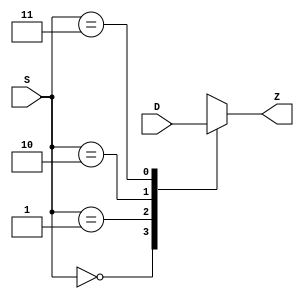
module MUX41_b(
	input wire [0:3] D,
	input wire [1:0] S,
	output reg Z);

always @(D, S)
begin

case(S)
	2'b00: Z <= D[0];
	2'b01: Z <= D[1];
	2'b10: Z <= D[2];
	2'b11: Z <= D[3];
endcase

end

endmodule

module MUX41_s(
	input wire [0:3] D,
	input wire [1:0] S,
	output wire Z);

wire c1, c2, c3, c4;
and(c1, D[0], !S[1], !S[0]);
and(c2, D[1], !S[1], S[0]);
and(c3, D[2], S[1], !S[0]);
and(c4, D[3], S[1], S[0]);
or(Z, c1, c2, c3, c4);

endmodule

module MUX81_b(
	input wire [0:7] D,
	input wire [2:0] S,
	output reg Z);;

always @(D,S)
begin

case(S)
	3'b000: Z <= D[0];
	3'b001: Z <= D[1];
	3'b010: Z <= D[2];
	3'b011: Z <= D[3];
	3'b100: Z <= D[4];
	3'b101: Z <= D[5];
	3'b110: Z <= D[6];
	3'b111: Z <= D[7];
	
endcase

end

endmodule

module MUX81_s(
	input wire [0:7] D,
	input wire [2:0] S,
	output wire Z);;

wire c1, c2, c3, c4, c5, c6, c7, c8;
and(c1, D[0], !S[2], !S[1], !S[0]);
and(c2, D[1], !S[2], !S[1], S[0]);
and(c3, D[2], !S[2], S[1], !S[0]);
and(c4, D[3], !S[2], S[1], S[0]);
and(c5, D[4], S[2], !S[1], !S[0]);
and(c6, D[5], S[2], !S[1], S[0]);
and(c7, D[6], S[2], S[1], !S[0]);
and(c8, D[7], S[2], S[1], S[0]);
or(Z, c1, c2, c3, c4, c5, c6, c7, c8);



endmodule